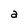
Character: a